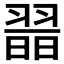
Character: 𦑾